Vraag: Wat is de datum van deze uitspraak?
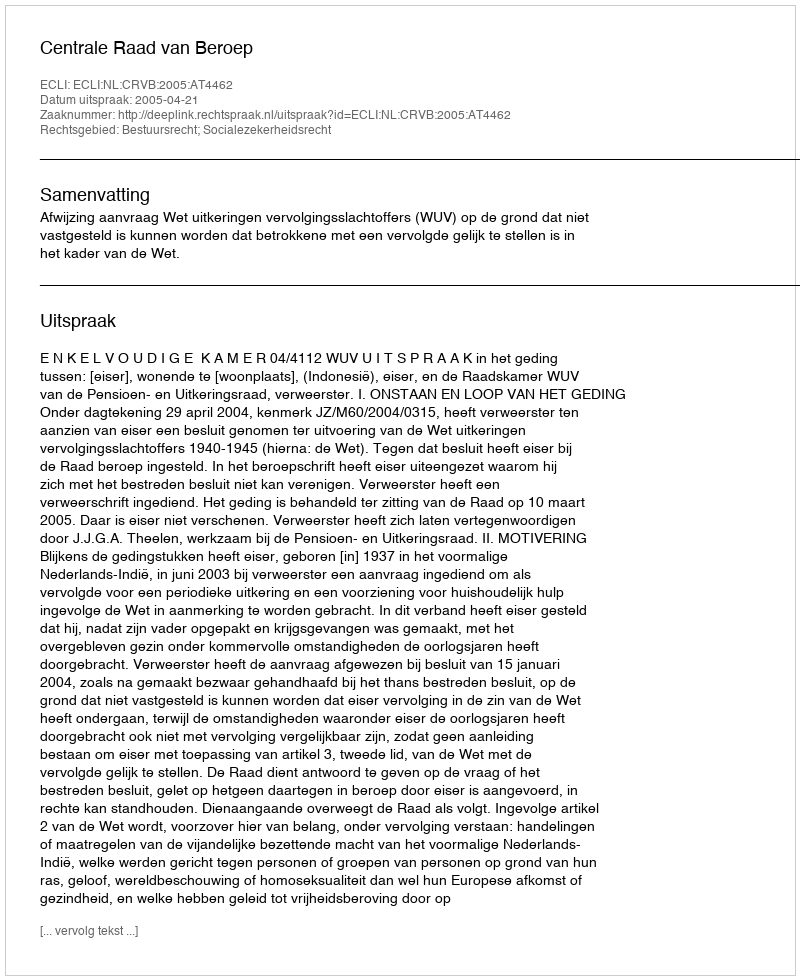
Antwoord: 2005-04-21